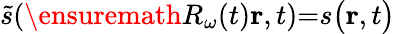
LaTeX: \widetilde{s}(\ensuremath{R_{\omega}}(t)\mathbf{r},t){=}s\big(\mathbf{r},t\big)